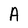
Character: A